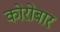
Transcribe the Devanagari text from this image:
कोरोबार